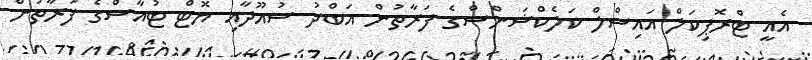
އެއީ ޓްރޮޕިކަލް އައިސްލް ކަލެކްޝަންސްގެ ފަރާތުން އަބްދު ސުއޫދާއި ޔޮޓް ޓުއާސްގެ ފަރާތުން